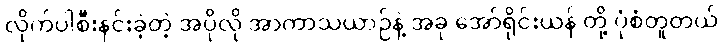
လိုက်ပါစီးနင်းခဲ့တဲ့ အပိုလို အာကာသယာဉ်နဲ့ အခု အော်ရိုင်းယန် တို့ ပုံစံတူတယ်